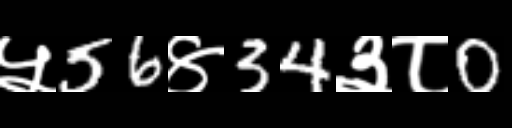
Text: ५56४34३८0